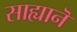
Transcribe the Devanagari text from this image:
साह्यानॆ